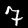
Label: 7